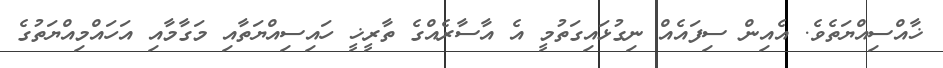
ޚާއްސިއްޔަތެވެ. އެއިން ސިފައެއް ނިގުޅައިގަތުމީ އެ އާސާރެއްގެ ތާރީޚީ ހައިސިއްޔަތާއި މަގާމާއި އަހައްމިއްޔަތުގެ